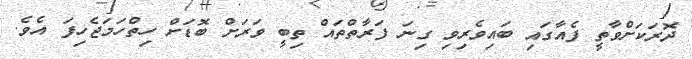
ދޮރަކަށްވާތީ ފެއާގައި ބައިވެރިވި ގިނަ ފަރާތްތައް ތިބީ ވަރަށް ބޮޑަށް ހިތްހަމަޖެހިފަ އެވެ.